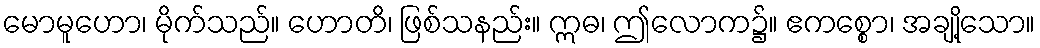
မောမူဟော၊ မိုက်သည်။ ဟောတိ၊ ဖြစ်သနည်း။ ဣဓ၊ ဤလောက၌။ ဧကစ္စော၊ အချို့သော။